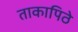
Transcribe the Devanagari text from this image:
ताकापिठे